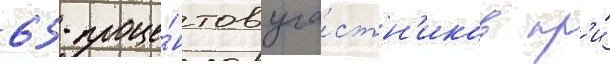
65 проце́нтов уча́стн'иков пр'и́